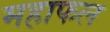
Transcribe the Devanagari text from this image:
महाफल